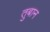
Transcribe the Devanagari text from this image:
तुबान